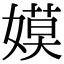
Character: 嫫